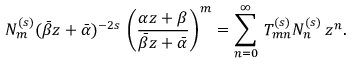
N _ { m } ^ { ( s ) } ( \bar { \beta } z + \bar { \alpha } ) ^ { - 2 s } \, \left( \frac { \alpha z + \beta } { \bar { \beta } z + \bar { \alpha } } \right) ^ { m } = \sum _ { n = 0 } ^ { \infty } \, T _ { m n } ^ { ( s ) } N _ { n } ^ { ( s ) } \, z ^ { n } .